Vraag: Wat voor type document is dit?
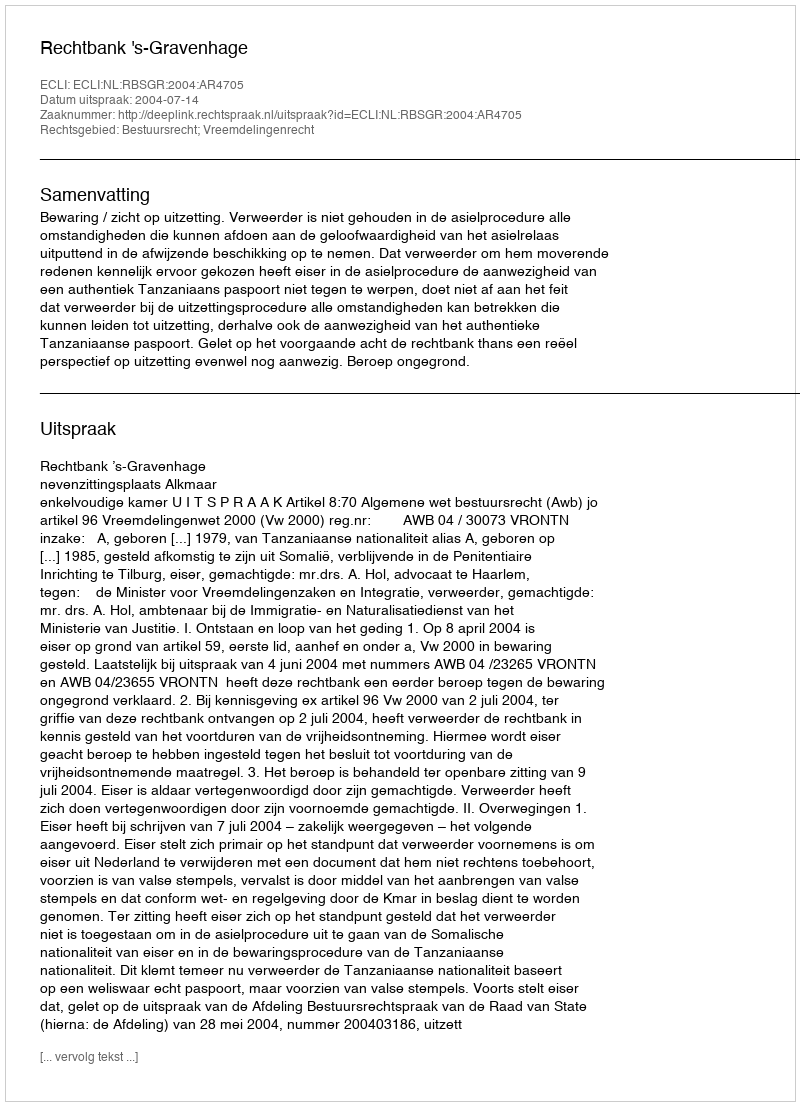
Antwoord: Uitspraak